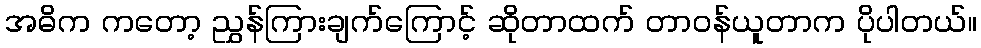
အဓိက ကတော့ ညွှန်ကြားချက်ကြောင့် ဆိုတာထက် တာဝန်ယူတာက ပိုပါတယ်။